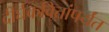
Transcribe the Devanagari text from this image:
दीर्घकवितांपर्यंत